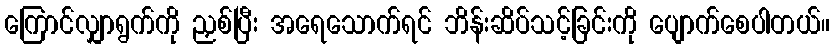
ကြောင်လျှာရွက်ကို ညှစ်ပြီး အရေသောက်ရင် ဘိန်းဆိပ်သင့်ခြင်းကို ပျောက်စေပါတယ်။